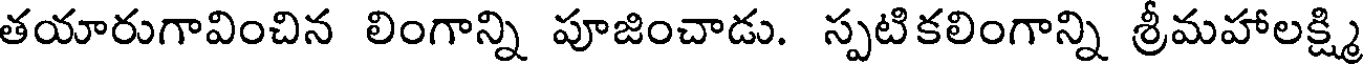
తయారుగావించిన లింగాన్ని పూజించాడు. స్పటికలింగాన్ని శ్రీమహాలక్ష్మి